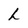
Character: h